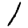
Digit: 1